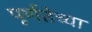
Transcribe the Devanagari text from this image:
पूर्णतेच्या